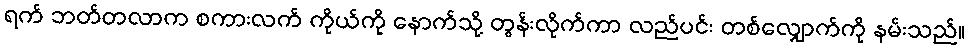
ရက် ဘတ်တလာက စကားလက် ကိုယ်ကို နောက်သို့ တွန်းလိုက်ကာ လည်ပင်း တစ်လျှောက်ကို နမ်းသည်။